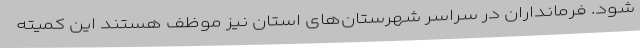
شود. فرمانداران در سراسر شهرستان‌های استان نیز موظف هستند این کمیته